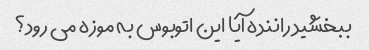
ببخشید راننده آیا این اتوبوس به موزه می رود؟